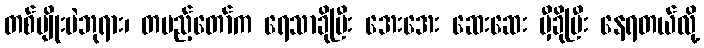
တစ်မျိုးပဲဘုရား၊ တပည့်တော်က ရေသာခိုပြီး အေးအေး ဆေးဆေး မှီခိုပြီး နေရတယ်လို့